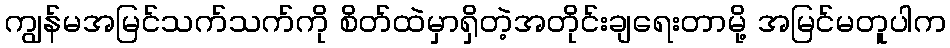
ကျွန်မအမြင်သက်သက်ကို စိတ်ထဲမှာရှိတဲ့အတိုင်းချရေးတာမို့ အမြင်မတူပါက